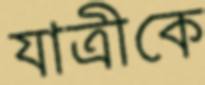
যাত্রীকে